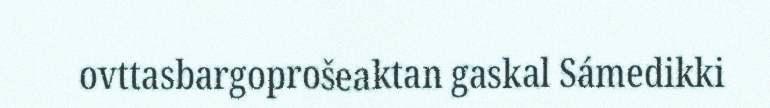
ovttasbargoprošeaktan gaskal Sámedikki